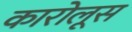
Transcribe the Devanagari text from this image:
कारोलूस